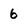
Character: 6